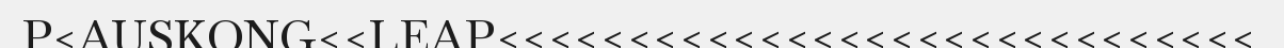
P<AUSKONG<<LEAP<<<<<<<<<<<<<<<<<<<<<<<<<<<<<